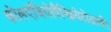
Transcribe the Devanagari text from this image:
कोलएंजियोपैन्क्रियेटोग्राफी